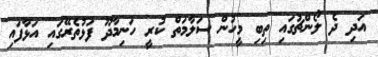
އަދި ދެ ލޯންޗުގައި ތިބި މީހުން ސަލާމަތް ކުރީ ހަނިމާދޫ ފަޅުތެރޭގައި އަޅާފައި